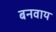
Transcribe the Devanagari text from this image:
बनवाय